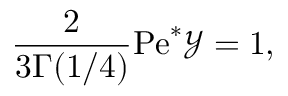
\frac { 2 } { 3 \Gamma ( 1 / 4 ) } \mathrm { P e } ^ { * } \mathcal { Y } = 1 ,